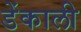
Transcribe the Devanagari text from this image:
डेंकाली